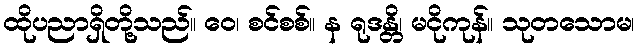
ထိုပညာရှိတို့သည်။ ဝေ၊ စင်စစ်။ န ရုဒန္တိ၊ မငိုကုန်။ သုတသောမ၊